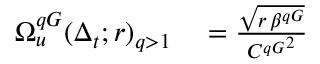
\begin{array} { r l } { \Omega _ { u } ^ { q G } ( \Delta _ { t } ; r ) _ { q > 1 } } & { { } = \frac { \sqrt { r \, \beta ^ { q G } } } { { C ^ { q G } } ^ { 2 } } } \end{array}